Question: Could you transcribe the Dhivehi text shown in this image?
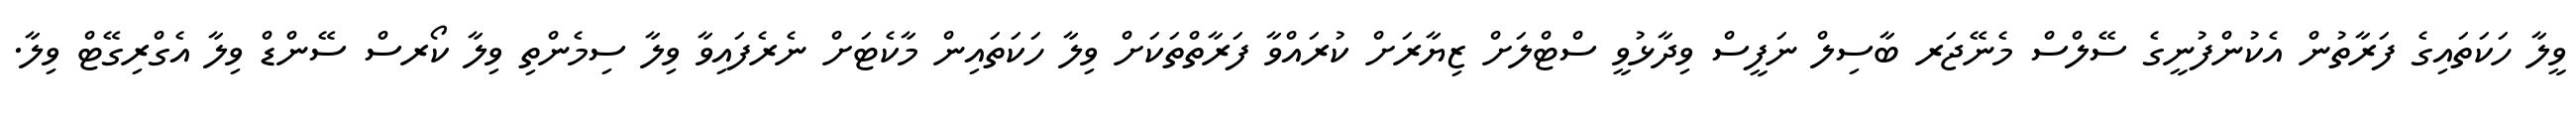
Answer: ވީލާ ހަކަތައިގެ ފަރާތުން އެކުންފުނީގެ ސޭލްސް މެނޭޖަރ ބާސިލް ނަފީސް ވިދާޅުވީ ސްޓްލަށް ޒިޔާރަށް ކުރައްވާ ފަރާތްތަކަށް ވިލާ ހަކަތައިން މާކެޓަށް ނެރެފައިވާ ވިލާ ސިމެންތި ވިލާ ކޯރސް ސޭންޑް ވިލާ އެގްރިގޭޓް ވިލާ.